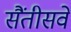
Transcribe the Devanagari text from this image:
सैंतीसवें